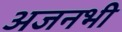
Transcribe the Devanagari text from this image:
अजनभी